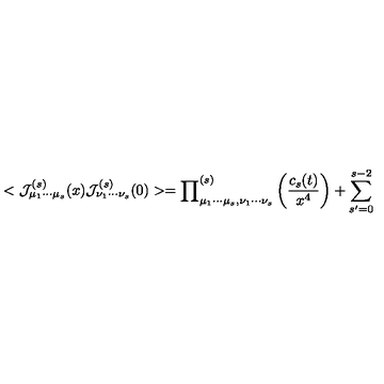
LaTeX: < { \cal J } _ { \mu _ { 1 } \cdots \mu _ { s } } ^ { ( s ) } ( x ) { \cal J } _ { \nu _ { 1 } \cdots \nu _ { s } } ^ { ( s ) } ( 0 ) > = { \prod } _ { \mu _ { 1 } \cdots \mu _ { s } , \nu _ { 1 } \cdots \nu _ { s } } ^ { ( s ) } \left( { \frac { c _ { s } ( t ) } { x ^ { 4 } } } \right) + \sum _ { s ^ { \prime } = 0 } ^ { s - 2 }